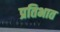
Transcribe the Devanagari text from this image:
प्रतिभात